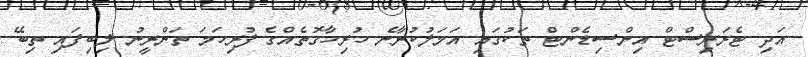
އަދި ޓެރަރިސްޓް އިންސިޑެންޓް ތަކުގައި އަމަލުކުރާނެ ހުރިހާގޮތެއްގެ ފުރިހަމަ ތަންރީނު ލިބިފައި ތިބޭ